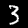
Label: 3